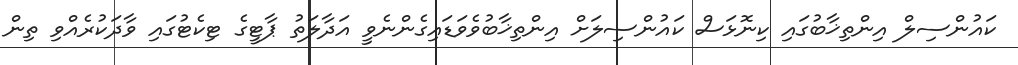
ކައުންސިލް އިންތިޚާބުގައި ކިނޮޅަސް ކައުންސިލަށް އިންތިޚާބުވެވަޑައިގެންނެވީ އަދާލަތު ޕާޓީގެ ޓިކެޓުގައި ވާދަކުރެއްވި ތިން